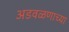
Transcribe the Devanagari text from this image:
अडवळणाच्या